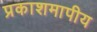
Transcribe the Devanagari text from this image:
प्रकाशमापीय